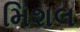
મિશલ